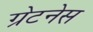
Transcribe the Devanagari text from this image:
ग्रेटनेस